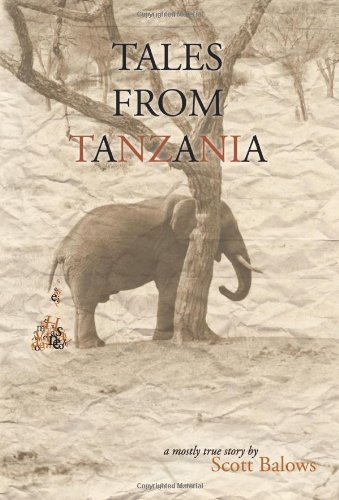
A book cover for Tales From Tanzania: A mostly true story; Scott Balows; Travel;